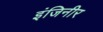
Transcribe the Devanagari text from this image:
इंजिनीर